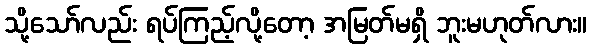
သို့သော်လည်း ရပ်ကြည့်လို့တော့ အမြတ်မရှိ ဘူးမဟုတ်လား။